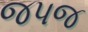
જપજ